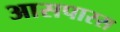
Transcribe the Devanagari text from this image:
आसपास्स